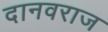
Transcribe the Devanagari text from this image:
दानवराज